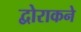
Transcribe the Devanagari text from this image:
द्वोराकने